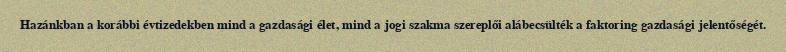
Hazánkban a korábbi évtizedekben mind a gazdasági élet, mind a jogi szakma szereplői alábecsülték a faktoring gazdasági jelentőségét.